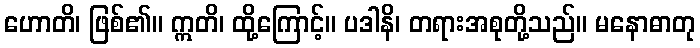
ဟောတိ၊ ဖြစ်၏။ ဣတိ၊ ထို့ကြောင့်။ ပဒါနိ၊ တရားအစုတို့သည်။ မနောဓာတု